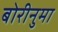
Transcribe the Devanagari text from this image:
बोरीनुमा